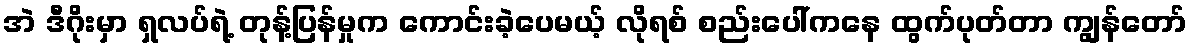
အဲ ဒီဂိုးမှာ ရှလပ်ရဲ့ တုန့်ပြန်မှုက ကောင်းခဲ့ပေမယ့် လိုရစ် စည်းပေါ်ကနေ ထွက်ပုတ်တာ ကျွန်တော်